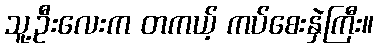
သူ့ဦးလေးက တကယ့် ကပ်စေးနှဲကြီး။